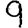
Digit: 9